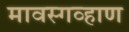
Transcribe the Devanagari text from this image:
मावस्गव्हाण